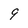
Character: 9